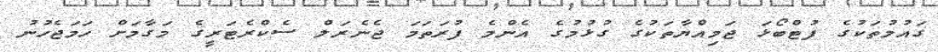
ގައުމުތަކުގެ ފުޓްބޯޅަ ޖަމިއްޔާތަކުގެ ގުޅުމުގެ އެންމެ ފުރަތަމަ ޖެނެރަލް ސެކްރެޓަރީގެ މަގާމަށް ހަމަޖެހުނު